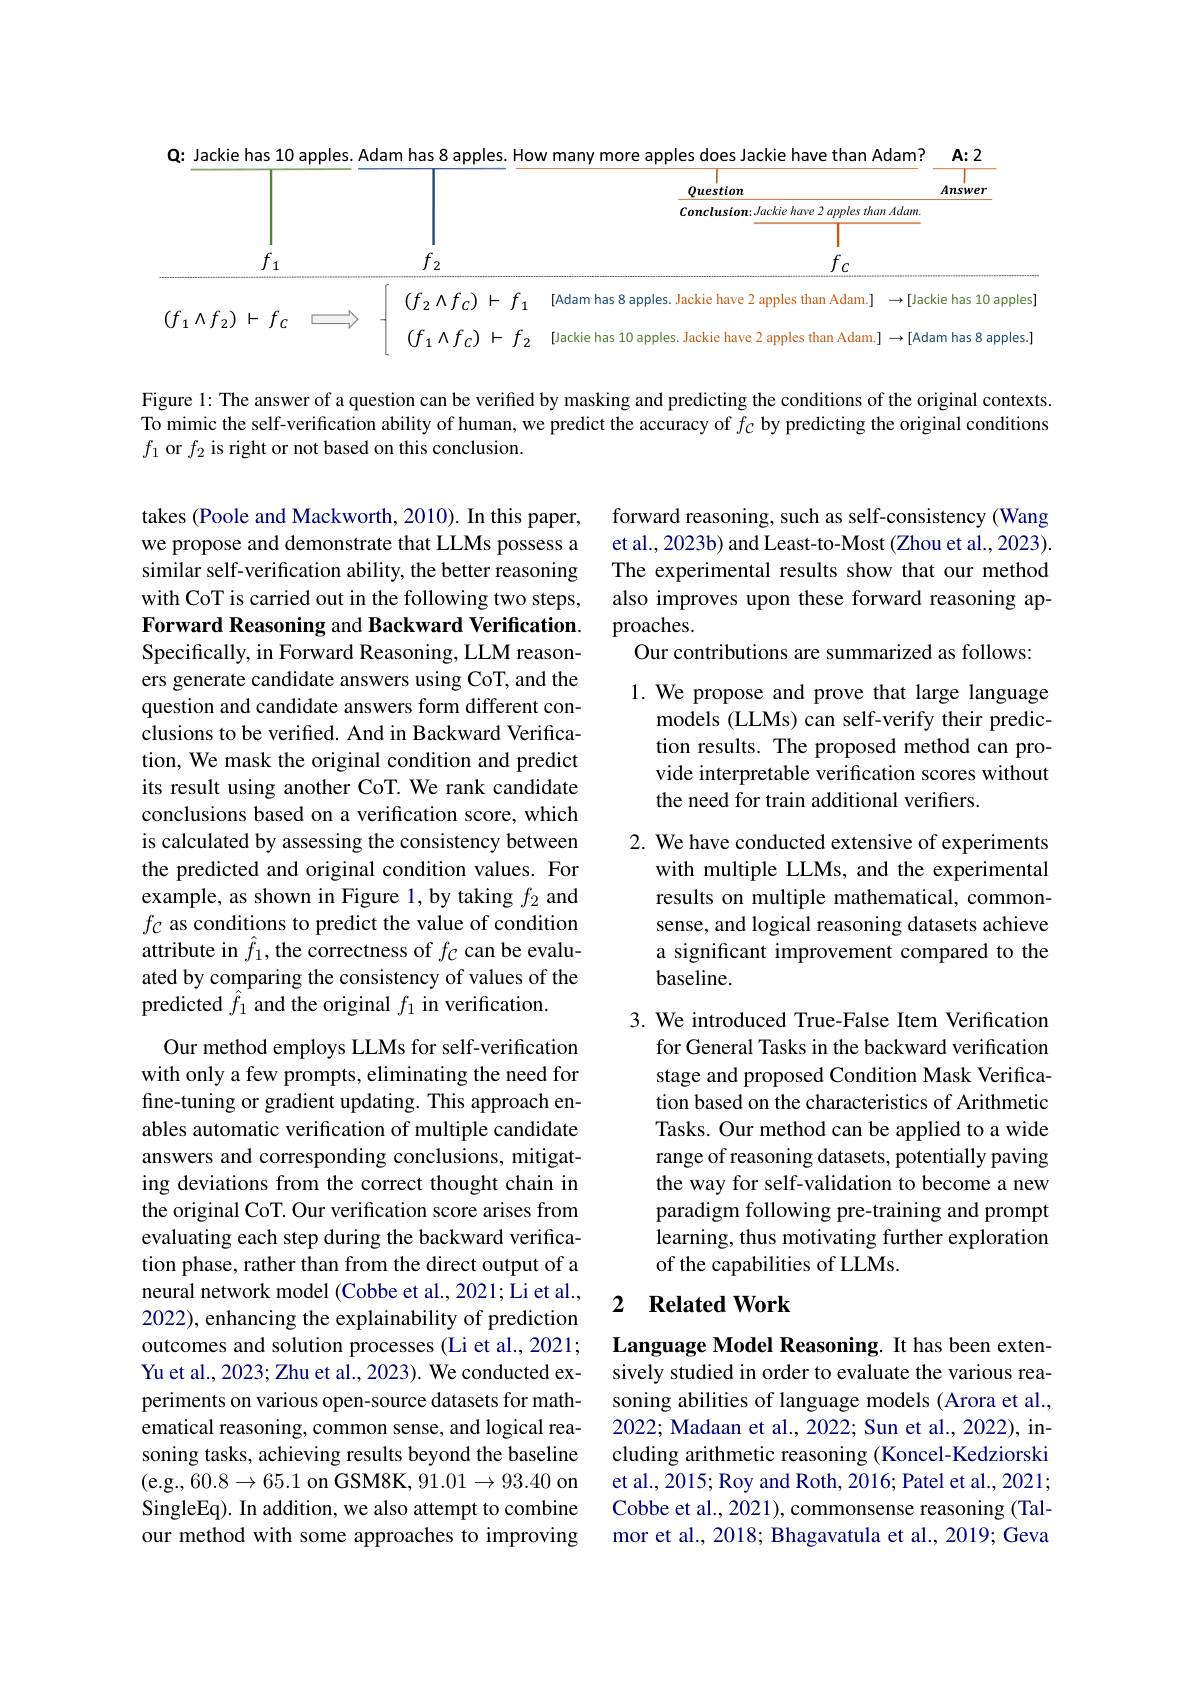
<FigureHere>

Figure 1: The answer of a question can be verified by masking and predicting the conditions of the original contexts. To mimic the self-verification ability of human, we predict the accuracy of $f_{C}$ by predicting the original conditions $f_1$ or $f_2$ is right or not based on this conclusion.

forward reasoning, such as self-consistency (Wang et al., 2023b) and Least-to-Most (Zhou et al., 2023). The experimental results show that our method also improves upon these forward reasoning approaches.
Our contributions are summarized as follows:

1. We propose and prove that large language
models (LLMs) can self-verify their prediction results. The proposed method can provide interpretable verification scores without the need for train additional verifiers.

takes (Poole and Mackworth, 2010). In this paper, we propose and demonstrate that LLMs possess a similar self-verification ability, the better reasoning with CoT is carried out in the following two steps, Forward Reasoning and Backward Verification. Specifically, in Forward Reasoning, LLM reasoners generate candidate answers using CoT, and the question and candidate answers form different conclusions to be verified. And in Backward Verification, We mask the original condition and predict its result using another CoT. We rank candidate conclusions based on a verification score, which is calculated by assessing the consistency between the predicted and original condition values. For example, as shown in Figure 1, by taking $f_2$ and $f_{\mathcal{C}}$ as conditions to predict the value of condition attribute in $\hat{f}_1$,the correctness of $f_C$ can be evaluated by comparing the consistency of values of the predicted $\hat{f}_1$ and the original $f_1$ in verification.

2. We have conducted extensive of experiments
with multiple LLMs, and the experimental results on multiple mathematical, commonsense, and logical reasoning datasets achieve a significant improvement compared to the baseline.

3. We introduced True-False Item Verification
for General Tasks in the backward verification stage and proposed Condition Mask Verification based on the characteristics of Arithmetic Tasks. Our method can be applied to a wide range of reasoning datasets, potentially paving the way for self-validation to become a new paradigm following pre-training and prompt learning, thus motivating further exploration of the capabilities of LLMs.

Our method employs LLMs for self-verification with only a few prompts, eliminating the need for fine-tuning or gradient updating. This approach enables automatic verification of multiple candidate answers and corresponding conclusions, mitigating deviations from the correct thought chain in the original CoT. Our verification score arises from evaluating each step during the backward verification phase, rather than from the direct output of a neural network model (Cobbe et al., 2021; Li et al., 2022), enhancing the explainability of prediction outcomes and solution processes (Li et al., 2021; Yu et al., 2023; Zhu et al., 2023). We conducted experiments on various open-source datasets for mathematical reasoning, common sense, and logical reasoning tasks, achieving results beyond the baseline (e.g., 60.8$\to65.1$ on GSM8K, 91.01$\to93.40$ on SingleEq). In addition, we also attempt to combine our method with some approaches to improving

## 2 $\textbf{Related Work}$

Language Model Reasoning. It has been extensively studied in order to evaluate the various reasoning abilities of language models (Arora et al., 2022; Madaan et al., 2022; Sun et al., 2022), including arithmetic reasoning (Koncel-Kedziorski et al., 2015; Roy and Roth, 2016; Patel et al., 2021; Cobbe et al., 2021), commonsense reasoning (Talmor et al., 2018; Bhagavatula et al., 2019; Geva